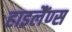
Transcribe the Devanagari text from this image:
हाइलैंण्स